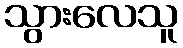
သွားလေသူ